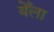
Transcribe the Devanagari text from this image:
येँला